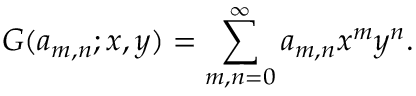
G ( a _ { m , n } ; x , y ) = \sum _ { m , n = 0 } ^ { \infty } a _ { m , n } x ^ { m } y ^ { n } .